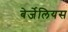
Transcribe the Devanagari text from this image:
बेर्जेलियस